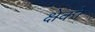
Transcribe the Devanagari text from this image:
क्षेको